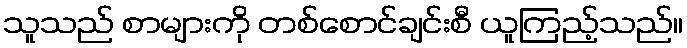
သူသည် စာများကို တစ်စောင်ချင်းစီ ယူကြည့်သည်။